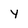
Character: y